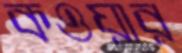
কওয়ার